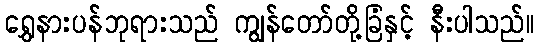
ရွှေနားပန်ဘုရားသည် ကျွန်တော်တို့ခြံနှင့် နီးပါသည်။